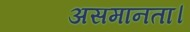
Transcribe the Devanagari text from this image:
असमानता।